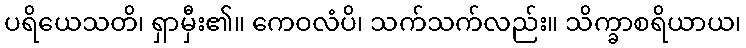
ပရိယေသတိ၊ ရှာမှီး၏။ ကေဝလံပိ၊ သက်သက်လည်း။ သိက္ခာစရိယာယ၊